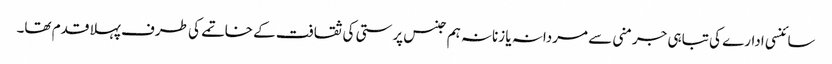
سائنسی ادارے کی تباہی جرمنی سے مردانہ یا زنانہ ہم جنس پرستی کی ثقافت کے خاتمے کی طرف پہلا قدم تھا۔